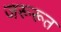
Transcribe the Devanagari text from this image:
जरूरूत